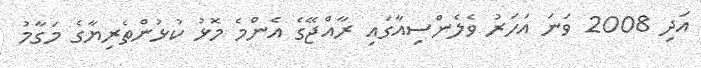
އަދި 2008 ވަނަ އަހަރު ވެލެންސިއާގައި ރާއްޖޭގެ އެންމެ މޮޅު ކުޅުންތެރިޔާގެ މަގާމު